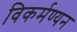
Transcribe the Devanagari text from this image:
विकर्मण्यन